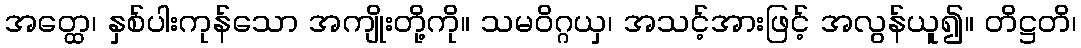
အတ္ထေ၊ နှစ်ပါးကုန်သော အကျိုးတို့ကို။ သမဝိဂ္ဂယှ၊ အသင့်အားဖြင့် အလွန်ယူ၍။ တိဋ္ဌတိ၊